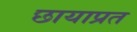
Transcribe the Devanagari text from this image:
छायाप्रत